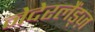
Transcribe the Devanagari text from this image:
नेदेरलैंड्ज़